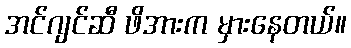
အင်ဂျင်ဆီ ဖိအားက မှားနေတယ်။